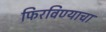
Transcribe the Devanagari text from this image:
फिरविण्याचा